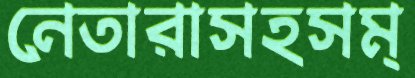
নেতারাসহসম্